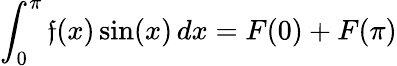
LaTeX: \int_{0}^{\pi}\mathfrak{f}(x)\sin(x)\, dx=F(0)+F(\pi)